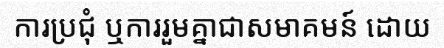
ការប្រជុំ ឬការរួមគ្នាជាសមាគមន៍ ដោយ